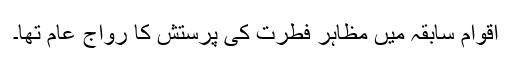
اقوام سابقہ میں مظاہرِ فطرت کی پرستش کا رواج عام تھا۔